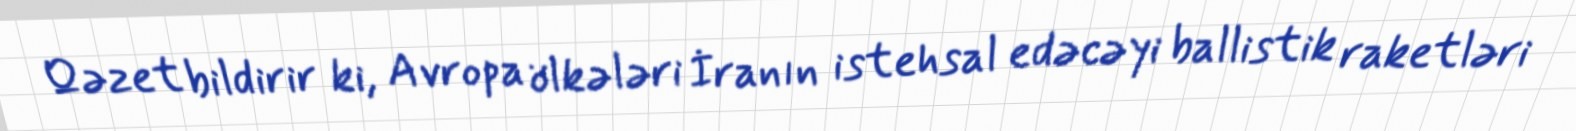
Qəzet bildirir ki, Avropa ölkələri İranın istehsal edəcəyi ballistik raketləri